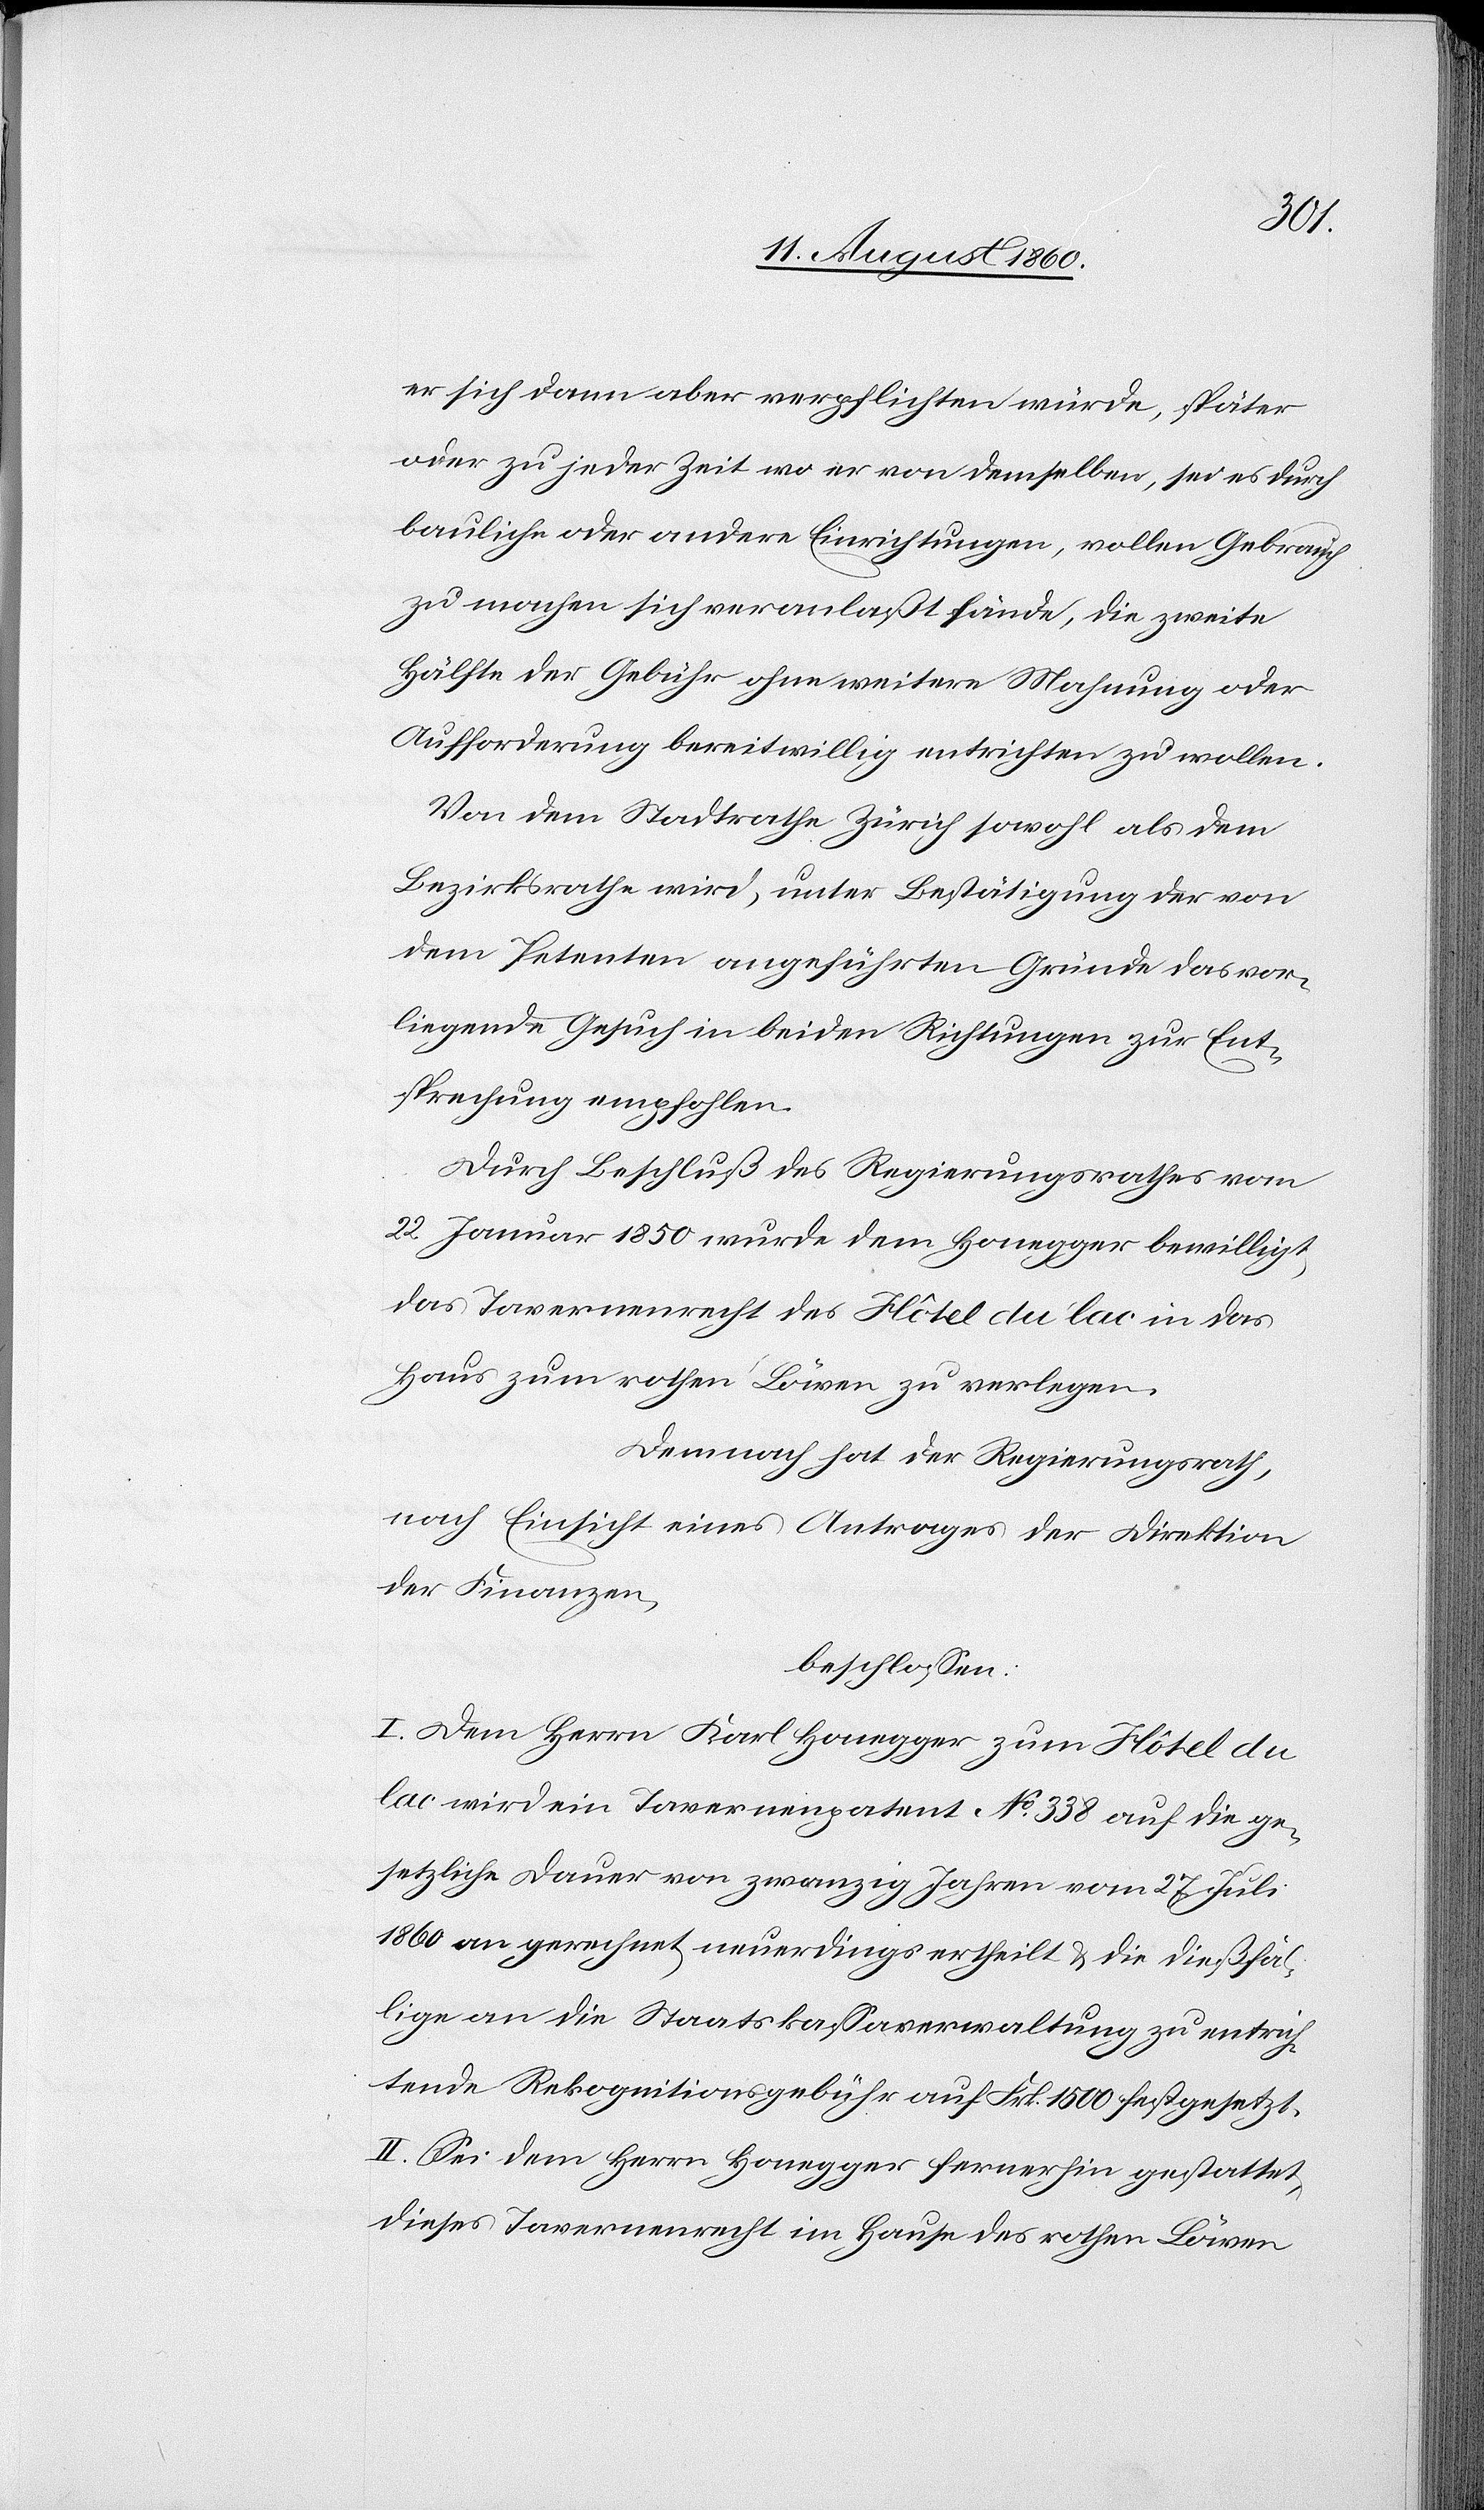
er sich dann aber verpflichten würde, später
oder zu jeder Zeit, wo er von demselben, sei es durch
bauliche oder andere Einrichtungen vollen gebrauch
zu machen sich veranlasst fände, die zweite
Hälfte der Gebühr ohne weitere Mahnung oder
Aufforderung bereitwillig entrichteten zu wollen.
Von dem Stadtrathe Zürich sowol als dem
Bezirksrathe wird, unter Bestätigung der von
dem Petenten angeführten Gründe, das vor¬
liegende Gesuch in beiden Richtungen zur Ent¬
sprechung empfohlen.
Durch Beschluss des Regierungsrathes vom
22. Jenner 1850, wurde dem Honegger bewilligt,
das Tavernenrecht des Hôtel du lac in das
Haus zum rothen Bären zu verlegen.
Demnach hat der Regierungsrath,
nach Einsicht eines Antrages der Direktion
der Finanzen,
beschlossen:
I. Dem Herrn Karl Honegger zum Hôtel du
lac wird ein Tavernenpatent No 333 auf die ge¬
setzliche Dauer von zwanzig Jahren, vom 27. Juli
1860 an gerechnet, neuerdings ertheilt u. die diesfäl¬
lige, an die Staatskassaverwaltung zu entrich¬
tende Rekognitionsgebühr auf fcs 1500 festgesetzt.
II. Sei dem Herrn Honegger fernerhin gestattet,
dieses Tavernenrecht im Hause des rothen Bären